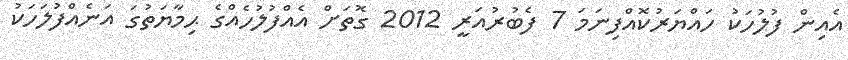
އެއިން ފުލުހަކު ހައްޔަރުކޮއްފިނަމަ 7 ފެބުރުއަރީ 2012 ގޮތަށް އެއްފުލުހެއްގެ ޙިމާޔަތުގަ އަނެއްފުލަހަކު